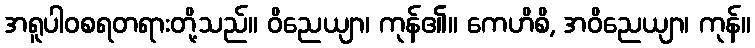
အရူပါဝစရတရားတို့သည်။ ဝိညေယျာ၊ ကုန်၏။ ကေဟိစိ, အဝိညေယျာ၊ ကုန်။